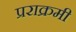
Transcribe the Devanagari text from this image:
प्रराक्रमी